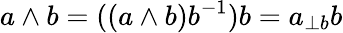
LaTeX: a\wedge b=((a\wedge b)b^{-1})b=a_{\perp b}b